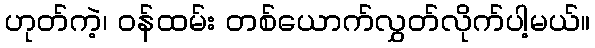
ဟုတ်ကဲ့၊ ဝန်ထမ်း တစ်ယောက်လွှတ်လိုက်ပါ့မယ်။